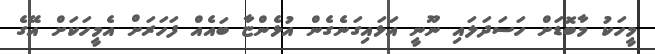
މީހަކު މާބޮޑަށް ހަސަދަލައި ނޫނީ އަޅައިގަނެގެން އުޅެންޏާ ބައެއް ފަހަރަށް އެމީހަކަށް އޭގެ